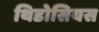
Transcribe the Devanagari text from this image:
थिडोसियस